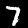
Label: 7